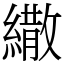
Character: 繖